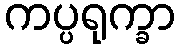
ကပ္ပရုက္ခာ